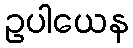
ဥပါယေန